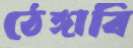
ঠেঙ্গাবি